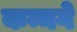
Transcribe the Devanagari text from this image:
कन्नगे